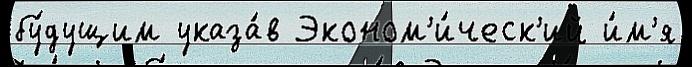
бу́дущим указа́в Эконом'и́ческ'ий и́м'я